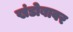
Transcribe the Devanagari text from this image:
खंडोबावर